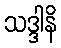
သဒ္ဒါနိ